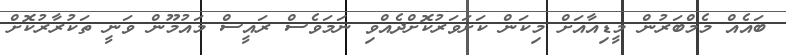
ބައެއް މެމްބަރުން މީޑިއާއަށް މިކަން ކަށަވަރުކޮށްދެއްވި ނަމަވެސް ރައީސް މައުމޫން ވަނީ ތަކުރާރުކޮށް